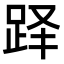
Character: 𬦫